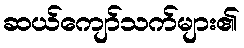
ဆယ်ကျော်သက်များ၏